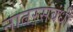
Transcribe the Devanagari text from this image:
नातरसंबंधी